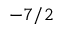
- 7 / 2